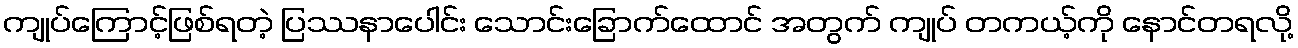
ကျုပ်ကြောင့်ဖြစ်ရတဲ့ ပြဿနာပေါင်း သောင်းခြောက်ထောင် အတွက် ကျုပ် တကယ့်ကို နောင်တရလို့